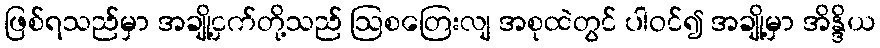
ဖြစ်ရသည်မှာ အချို့ငှက်တို့သည် ဩစတြေးလျ အစုထဲတွင် ပါဝင်၍ အချို့မှာ အိန္ဒိယ